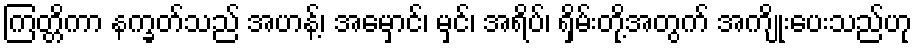
ကြတ္တိကာ နက္ခတ်သည် အဟန့်၊ အမှောင်၊ မှင်၊ အရိပ်၊ ရှိမ်းတို့အတွက် အကျိုးပေးသည်ဟု